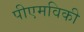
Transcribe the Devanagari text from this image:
पीएमविकी